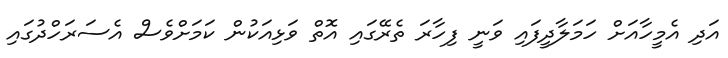
އަދި އެމީހާއަށް ހަމަލާދީފައި ވަނީ ފިހާރަ ތެރޭގައި އޮތް ވަޅިއަކުން ކަމަށްވެސް އެސަރަހްދުގައި